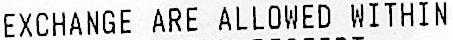
EXCHANGE ARE ALLOWED WITHIN